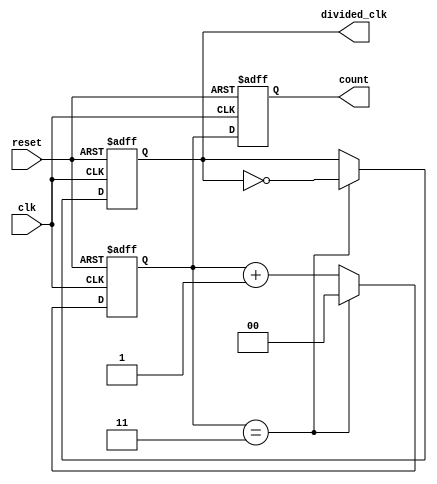
module divide_by_N_counter #(
    parameter N = 4 // Set default value for N, must be >= 2
) (
    input wire clk,
    input wire reset,
    output reg [clog2(N)-1:0] count,
    output reg divided_clk
);

    // Generate a function to calculate log2
    function integer clog2;
        input integer value;
        begin
            value = value - 1;
            for (clog2 = 0; value > 0; clog2 = clog2 + 1)
                value = value >> 1;
        end
    endfunction

    // Counter register
    reg [clog2(N)-1:0] counter;

    // Always block for counter operation
    always @(posedge clk or posedge reset) begin
        if (reset) begin
            counter <= 0;
            count <= 0;
            divided_clk <= 0;
        end else begin
            if (counter == N - 1) begin
                counter <= 0;  // Reset counter
                divided_clk <= ~divided_clk; // Toggle divided clock
            end else begin
                counter <= counter + 1; // Increment counter
            end
            count <= counter; // Update count
        end
    end

endmodule